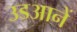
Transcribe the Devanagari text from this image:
उडआनें